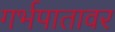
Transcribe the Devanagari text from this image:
गर्भपातावर